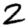
Digit: 2